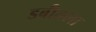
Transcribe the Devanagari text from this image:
डबीतला